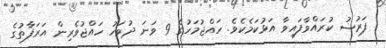
ފަރުޟު ކުރައްވާފައިވާ އަޅުކަމެކެވެ. ހައްޖުމަހުގެ 9 ވަނަ ދުވަހު ހައްޖުވެރިން އަރަފާތުގެ